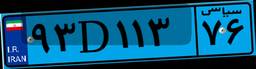
۹۳D۱۱۳۷۶